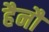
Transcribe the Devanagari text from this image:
हैनौ